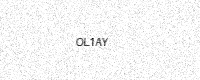
Text: OL1AY